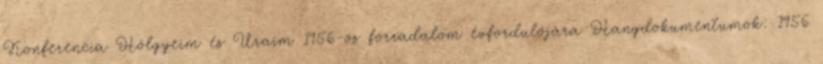
Konferencia Hölgyeim és Uraim 1956-os forradalom évfordulójára Hangdokumentumok: 1956